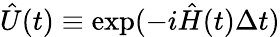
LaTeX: {\hat{U}(t)\equiv\exp(-i\hat{H}(t)\Delta t)}